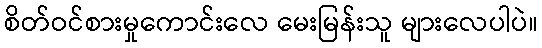
စိတ်ဝင်စားမှုကောင်းလေ မေးမြန်းသူ များလေပါပဲ။